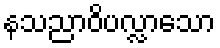
နသညာဝိပလ္လာသော